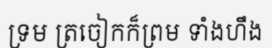
ទ្រម ត្រចៀកក៏ព្រម ទាំងហឹង